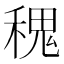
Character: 𥠎